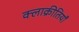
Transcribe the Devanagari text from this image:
क्लाक्रीतियाँ